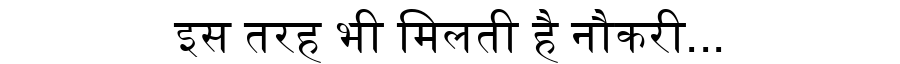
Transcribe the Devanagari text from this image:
इस तरह भी मिलती है नौकरी...